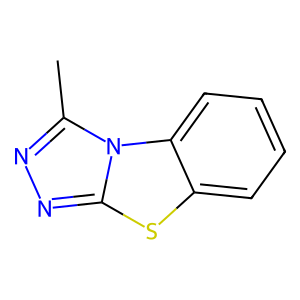
SMILES: Cc1nnc2sc3ccccc3n12
Inhibits HIV replication: No